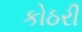
કોઠરી